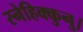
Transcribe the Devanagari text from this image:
स्नेहिक्कुनु।